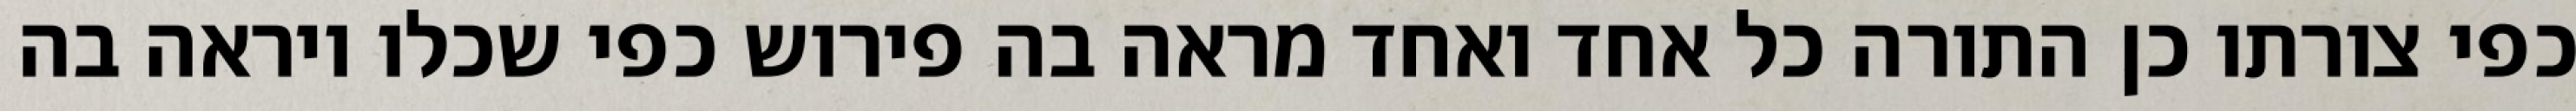
כפי צורתו כן התורה כל אחד ואחד מראה בה פירוש כפי שכלו ויראה בה